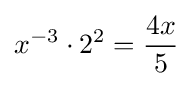
x^{-3}\cdot 2^{2}={\frac {4x}{5}}